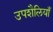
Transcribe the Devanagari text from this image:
उपशैलियाँ